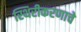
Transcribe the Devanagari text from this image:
स्थिरीकरणाचे